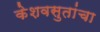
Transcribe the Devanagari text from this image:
केशवसुतांचा